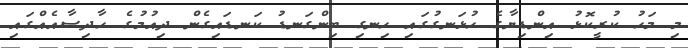
މި މަހު ކުރީކޮޅު އިންޑިޔާގެ ހުޅަނގުގައި ހިނގި ބިންގަނޑު ކަނޑައިގެން ދިއުމުގެ ހާދިސާއެއްގައި